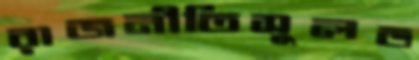
রাজনীতিসুলভ